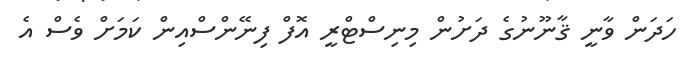
ހަދަން ވާނީ ޤާނޫނުގެ ދަށުން މިނިސްޓްރީ އޮފް ފިނޭންސްއިން ކަމަށް ވެސް އެ